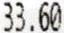
33.60